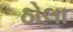
ઠોલા